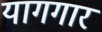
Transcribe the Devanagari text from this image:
यागगार